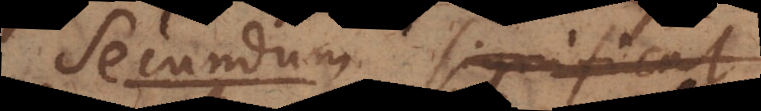
Secundum significat